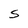
Character: S